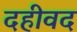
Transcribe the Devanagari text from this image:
दहीवद